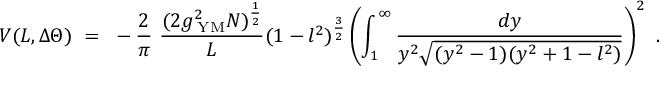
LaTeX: V ( L , \Delta \Theta ) ~ = ~ - \frac { 2 } { \pi } ~ \frac { ( 2 g _ { \mathrm { \tiny ~ Y M } } ^ { 2 } N ) ^ { \frac { 1 } { 2 } } } { L } ( 1 - l ^ { 2 } ) ^ { \frac { 3 } { 2 } } \left( \int _ { 1 } ^ { \infty } \frac { d y } { y ^ { 2 } \sqrt { ( y ^ { 2 } - 1 ) ( y ^ { 2 } + 1 - l ^ { 2 } ) } } \right) ^ { 2 } ~ .